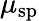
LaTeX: \mu_{\mathrm{sp}}